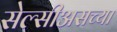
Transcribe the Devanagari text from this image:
सेल्सीअसच्या